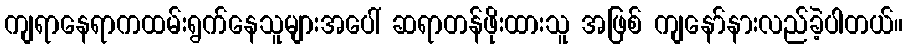
ကျရာနေရာကထမ်းရွက်နေသူများအပေါ် ဆရာတန်ဖိုးထားသူ အဖြစ် ကျနော်နားလည်ခဲ့ပါတယ်။